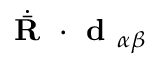
\dot { \bar { \textbf { R } } } \cdot \textbf { d } _ { \alpha \beta }